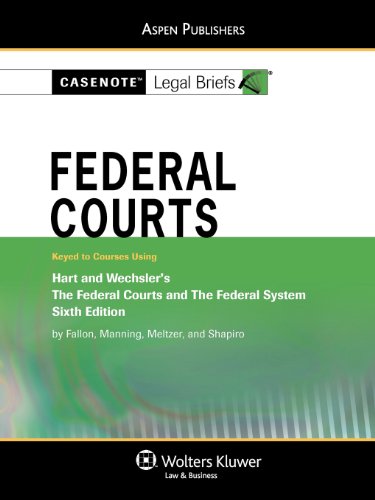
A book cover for Federal Courts: Hart & Wechsler 6e (Casenote Legal Briefs); Casenote Legal Briefs Casenote Legal Briefs; Law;